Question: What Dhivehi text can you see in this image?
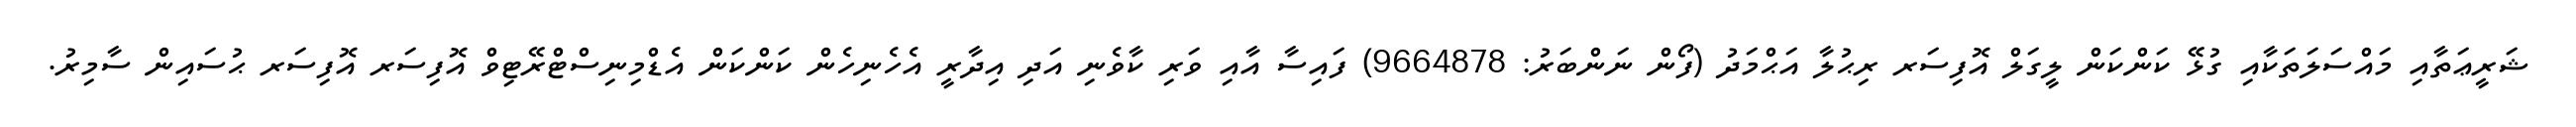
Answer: ޝަރީޢަތާއި މައްސަލަތަކާއި ގުޅޭ ކަންކަން ލީގަލް އޮފިސަރ ރިޙުލާ އަޙްމަދު (ފޯން ނަންބަރު: 9664878) ފައިސާ އާއި ވަރި ކާވެނި އަދި އިދާރީ އެހެނިހެން ކަންކަން އެޑްމިނިސްޓްރޭޓިވް އޮފިސަރ އޮފިސަރ ޙުސައިން ސާމިރު.